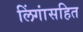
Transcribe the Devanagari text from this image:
लिंगांसहित